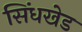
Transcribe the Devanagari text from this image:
सिंधखेड